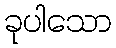
ခုပါသော